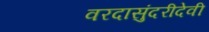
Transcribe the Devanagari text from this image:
वरदासुंदरीदेवी